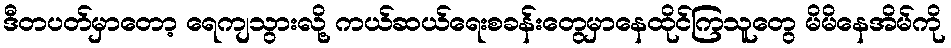
ဒီတပတ်မှာတော့ ရေကျသွားလို့ ကယ်ဆယ်ရေးစခန်းတွေမှာနေထိုင်ကြသူတွေ မိမိနေအိမ်ကို